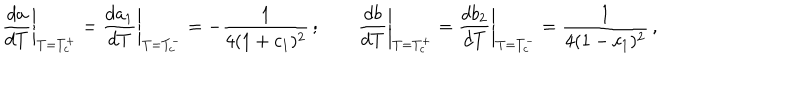
\left. \frac { d a } { d T } \right| _ { T = T _ { c } ^ { + } } = \left. \frac { d a _ { 1 } } { d T } \right| _ { T = T _ { c } ^ { - } } = - \frac { 1 } { 4 ( 1 + c _ { 1 } ) ^ { 2 } } \, ; \qquad \left. \frac { d b } { d T } \right| _ { T = T _ { c } ^ { + } } = \left. \frac { d b _ { 2 } } { d T } \right| _ { T = T _ { c } ^ { - } } = \frac { 1 } { 4 ( 1 - c _ { 1 } ) ^ { 2 } } \, ,